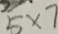
5 \times 7